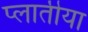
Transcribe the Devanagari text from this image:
प्लातीया